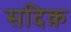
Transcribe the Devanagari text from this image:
सदिक़